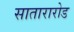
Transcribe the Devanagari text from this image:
सातारारोड